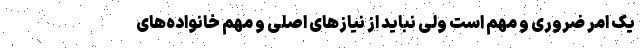
یک امر ضروری و مهم است ولی نباید از نیازهای اصلی و مهم خانواده‌های